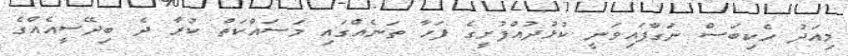
މިއަދު ހެކިބަސް ނަގާފައިވަނީ ކުޅުދުއްފުށީގެ ފަހާ ތަނެއްގައި މަސައްކަތް ކުރާ ދެ ބިދޭސީއެއްގެ